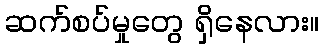
ဆက်စပ်မှုတွေ ရှိနေလား။